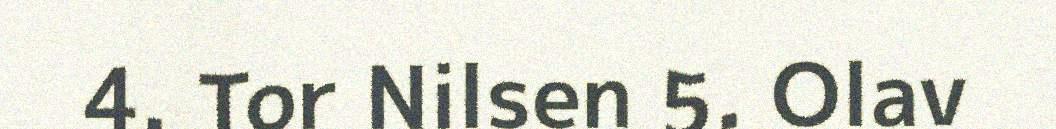
4. Tor Nilsen 5. Olav